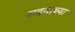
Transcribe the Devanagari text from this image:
सदयाच्या